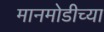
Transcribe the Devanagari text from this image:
मानमोडीच्या